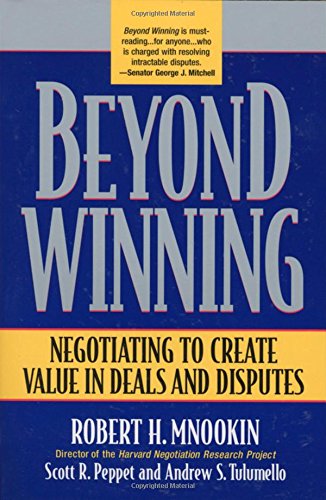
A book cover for Beyond Winning: Negotiating to Create Value in Deals and Disputes; Robert H. Mnookin; Law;